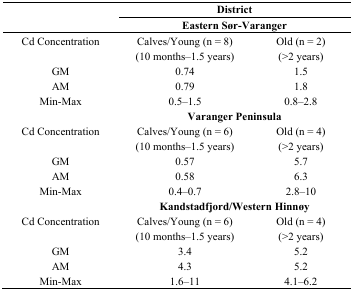
<table><thead><tr><td rowspan="2"></td><td colspan="2"><b>District</b></td></tr><tr><td colspan="2"><b>Eastern Sør-Varanger</b></td></tr></thead><tbody><tr><td>Cd Concentration</td><td>Calves/Young (n = 8) (10 months–1.5 years)</td><td>Old (n = 2) (&gt;2 years)</td></tr><tr><td>GM</td><td>0.74</td><td>1.5</td></tr><tr><td>AM</td><td>0.79</td><td>1.8</td></tr><tr><td>Min-Max</td><td>0.5–1.5</td><td>0.8–2.8</td></tr><tr><td></td><td colspan="2"><b>Varanger Peninsula</b></td></tr><tr><td>Cd Concentration</td><td>Calves/Young (n = 6) (10 months–1.5 years)</td><td>Old (n = 4) (&gt;2 years)</td></tr><tr><td>GM</td><td>0.57</td><td>5.7</td></tr><tr><td>AM</td><td>0.58</td><td>6.3</td></tr><tr><td>Min-Max</td><td>0.4–0.7</td><td>2.8–10</td></tr><tr><td></td><td colspan="2"><b>Kandstadfjord/Western Hinnøy</b></td></tr><tr><td>Cd Concentration</td><td>Calves/Young (n = 6) (10 months–1.5 years)</td><td>Old (n = 4) (&gt;2 years)</td></tr><tr><td>GM</td><td>3.4</td><td>5.2</td></tr><tr><td>AM</td><td>4.3</td><td>5.2</td></tr><tr><td>Min-Max</td><td>1.6–11</td><td>4.1–6.2</td></tr></tbody></table>